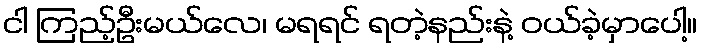
ငါ ကြည့်ဦးမယ်လေ၊ မရရင် ရတဲ့နည်းနဲ့ ဝယ်ခဲ့မှာပေါ့။